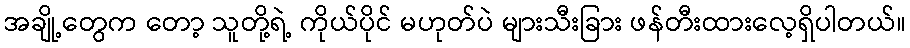
အချို့တွေက တော့ သူတို့ရဲ့ ကိုယ်ပိုင် မဟုတ်ပဲ များသီးခြား ဖန်တီးထားလေ့ရှိပါတယ်။